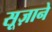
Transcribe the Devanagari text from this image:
सूज़ाने